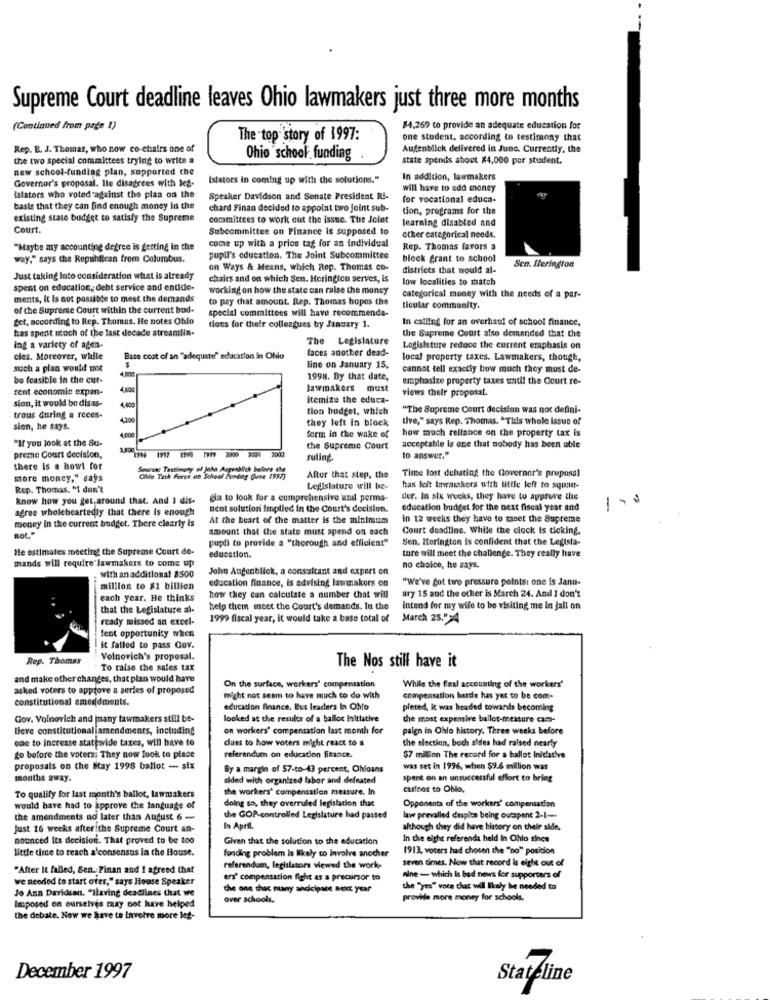
Supreme Court deadline leaves Ohio lawmakers just three more months
(Continued from page 1)
$4,269 to provide an adequate education for
The top story of 1997:
one student, according to testimony that
Rep. E. J. Thomas, who now co-chairs one of
Augenblick delivered in June. Currently, the
the two special committees trying to write a
Ohio school. funding .
state spends about $4,000 por student.
new school-funding plan, supported the
Governor's proposal. Ile disagrees with leg-
Istators in coming up with the solutions."
In addition, lawmakers
will have to add money
islators who voted against the plan on the
Speaker Davidson and Senate President Ri-
for vocational educa-
basis that they can find enough money in the
chard Finan decided to appolat two joint sub-
tion, programs for the
existing state budget to satisfy the Supreme
committees to work out the issue. The Joint
learning disabled and
Court.
Subcommittee on Finance is supposed to
other categorical needs.
"Maybe my accounting degree is getting in the
come up with a price tag for an individual
Rep. Thomas favors a
way," says the Republican from Columbus.
pupil's education. The Joint Subcommittee
block grant to school
on Ways & Means, which Rep. Thomas co-
districts that would al-
Sen. Ilerington
Just taking Into consideration what is already
chairs and on which Sen. Herington serves, is
low localities to match
spent on education, debt service and entide-
working on how the state can raise the money
ments, It Is not possible to meet the demands
to pay that amount. Rep. Thomas hopes the
categorical money with the needs of a par-
of the Supreme Court within the current bod-
special committees will have recommenda-
ticular community.
get, according to Rep. Thomas. He notes Chlo
In calling for an overhaul of school finance,
has spent much of the last decade streamlin-
tions for their colleagues by January 1.
the Supreme Court also demanded that the
The Legislature
ing a variety of agen-
faces another dead-
Legislature reduce the current emphasis on
cies. Moreover, while
Base cost of an "adequate" education in Ohio
local property taxes. Lawmakers, though,
such a plan would not
line on January 15,
cannot tell exactly how much they must de-
be feasible in the cur-
1998. By that date,
emphasize property taxes until the Court re-
rent economic expan-
4,400
lawmakers must
views Cheir proposal.
sion, it would be dis as-
itemize the educa-
4,400
tion budget, which
"The Supreme Court decision was not defini-
trous during a reces-
4.200
they left in block
tive," says Rep. Thomas. "This whole issue of
sion, he says.
4.000
form in the wake of
how much reliance on the property tax is
"If you Jook at the Su-
the Supreme Court
acceptable is one that nobody has been athle
preme Court decision,
1997 097 1919 2000 2001 2002
ruling
to answer."
there Is a howl for
Sources Testimony of Jaha Argenhlich before EM
Time lost debating the Governor's proposal
more money," says
Calls Task Force on Soleof Funding gene 1997)
After that step, the
Rep. Thomas. "I don't
Legislature will be-
has left lawaszkers with little left to squan-
know how you get around that. And I dis-
da to look for a comprehensive und perma-
der. In six wuchs, they have to approve the
1.0
agree wholeheartedly that there is enough
Bent solution implied in the Court's decision.
education budget for the next fiscal year and
money In the current budget. There clearly is
At the heart of the matter is the minimum
in 12 weeks they have to meet the Supreme
amount that the state must spend on each
Court deadline. While the clock is ticking.
pupli to provide a "thorough and efficient"
Sen. Herington is confident that the Legisla-
He estimates meeting the Supreme Court de-
ture will meet the challenge. They really have
mands will require lawmakers to come up
education.
with an additional 8500
John Augenblick, a consultant and expert on
no choice, he says.
"We've got two pressure points: one is Janu-
million to $1 billion
education finance, is advising lawmakers on
ary 15 and the ocher is March 24. And I don't
each year. He thinks
how they can calculate a number that will
that the Legislature al-
help them meet the Court's demands. In the
intend for my wife to be visiting me in jall on
ready missed an excel-
1999 fiscal year, it would take a base total of
March 25.">4
fent opportunity when
it failed to pass Gov.
Rep. Thomas
Voinovich's proposal.
The Nos still have it
To raise the sales tax
and make other changes, that plan would have
On the surface, workers' compensation
asked voters to approve a series of proposed
While the final accounting of the workers'
constitutional amendments.
might not seem to have much to do with
compensation barde has yet to be com-
education finance, But leaders In Ohio
pleted, It was headed towards becoming
Gov. Voinovich and many lawmakers still be-
looked at the results of a balloc Initiative
the most expensive ballot-measure cam-
lieve constitutional amendments, including
on workers' compensation last month for
paign in Oblo history. Three weeks before
one to increase statewide taxes, will have to
dues to how voters might react to s
the election, both sides had raised nearly
go before the voters. They now look to place
referendum on education finance.
$7 million The record for a ballot Initiative
proposals on the May 1998 ballot - six
By a margin of 57-to-43 percent. Ohloans
was set in 1996, when $9.6 million was
months away.
aided with organized labor and defeated
spent on an unsuccessful effort to bring
To qualify for last month's ballot, lawmakers
the workers' compensation measure. In
casinos to Oblo.
Opponents of the workers' compensation
would have had to approve the language of
doing so, they overruled legislacion that
the amendments ad later than August 6 -
the GOP-controlled Legislature had passed
law prevailed despite being outspent 2-1 ---
Just 16 weeks after the Supreme Court an-
In April.
although they did have history on their alde.
nounced its decision. That proved to be too
Given that the solution to the education
In the eight referenda held In Chlo sice
little time to reach a'consensus in the House.
(913, voters had chosen the "no" posicion
funding problem is likely to involve another
seven times. Now that record is eight out of
"After It failed, Ben. Finan and I agreed that
referendum, legislators viewed the work-
we needed to start ofer," says House Speaker
ers' compensation fight as a precursor to
nine - which Is bad news for supporters of
che one chac many andicipate Next year
the "yes" voce that will likely be needed to
Jo Ann Davidsen. "Having deadlines that we
over schools.
provide more money for schools.
Imposed on ourselves may not have helped
the debate. Now we have to Involve more leg-
December 1997
Stateline